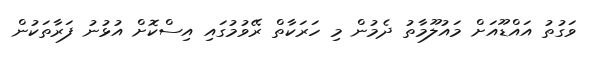
ވަގުތު އައްޑޫއަށް މައުލޫމާތު ދެމުން މި ހަރަކާތް ރޭވުމުގައި އިސްކޮށް އުޅުނު ފަރާތަކުން